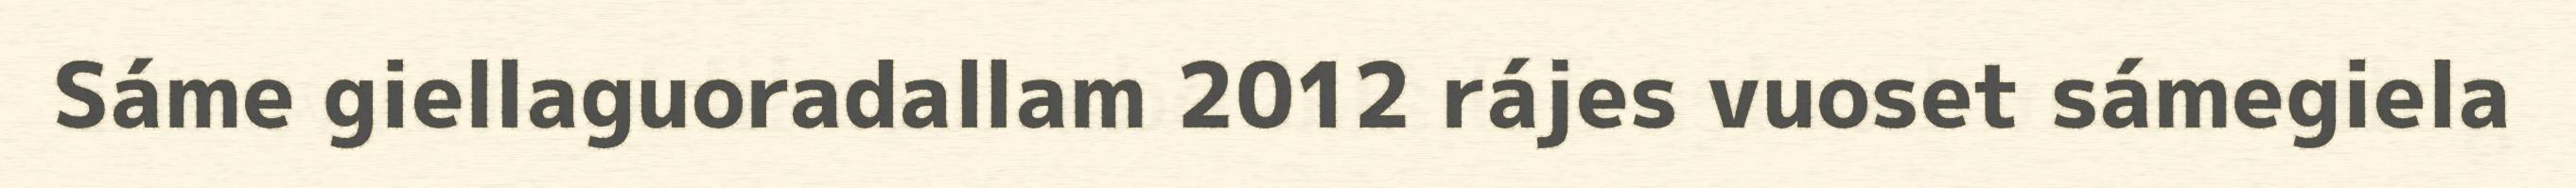
Sáme giellaguoradallam 2012 rájes vuoset sámegiela